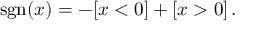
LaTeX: \ \operatorname { s g n } ( x ) = - [ x < 0 ] + [ x > 0 ] \, .